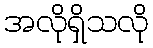
အလိုရှိသလို